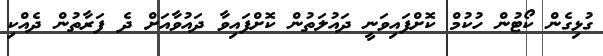
ގުޅިގެން ކޯޓުން ހުކުމް ކޮށްފައިވަނީ ދައުލަތުން ކޮށްފައިވާ ދައުވާއަށް ދެ ފަރާތުން ދެއްކި